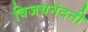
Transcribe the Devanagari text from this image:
विजयनंदनी